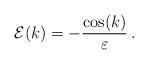
LaTeX: \begin{align*} {\cal E}(k)= -\frac{\cos(k)}{\varepsilon}\, .\end{align*}